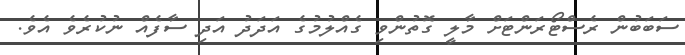
ސަބަބުން ރެސްޓޯރަންޓަށް މާލީ ގޮތުންވި ގެއްލުމުގެ އަދަދު އަދި ސާފެއް ނުކުރެވެ އެވެ.